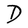
Character: D